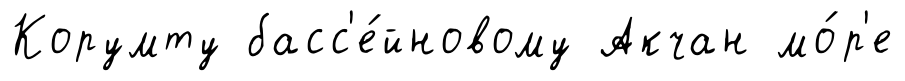
Корумту басс'е́йновому Акчан мо́р'е